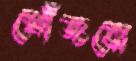
খোঁজবো